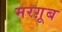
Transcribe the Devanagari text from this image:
मरग़ूब